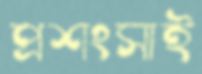
প্রশংসাই